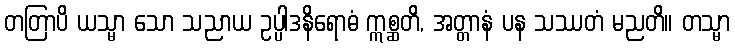
တတြာပိ ယသ္မာ သော သညာယ ဥပ္ပါဒနိရောဓံ ဣစ္ဆတိ, အတ္တာနံ ပန သဿတံ မညတိ။ တသ္မာ